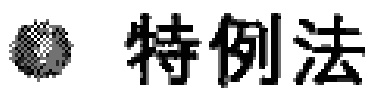
\text{特例法}